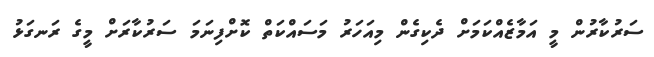
ސަރުކާރުން މީ އަމާޒެއްކަމަށް ދެކިގެން މިއަަހަރު މަސައްކަތް ކޮށްފިނަމަ ސަރުކާރަށް މީގެ ރަނގަޅު